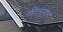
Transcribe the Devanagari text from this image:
लीलामृत